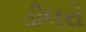
ડીલરો